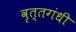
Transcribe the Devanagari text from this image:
वृत्तगंधी